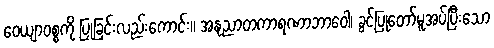
ဝေယျာဝစ္စကို ပြုခြင်းလည်းကောင်း။ အနုညာတကာရဏာဘာဝေါ၊ ခွင့်ပြုတော်မူအပ်ပြီးသော